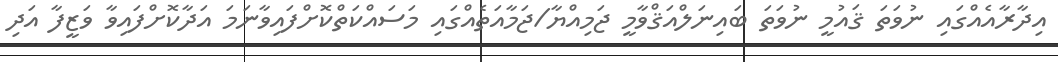
އިދާރާއެއްގައި ނުވަތަ ޤައުމީ ނުވަތަ ބައިނަލްއަޤްވާމީ ޖަމިއްޔާ/ޖަމާއަތެއްގައި މަސައްކަތްކޮށްފައިވާނަމަ އަދާކޮށްފައިވާ ވަޒީފާ އަދި